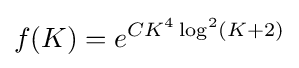
f(K)=e^{CK^{4}\log ^{2}(K+2)}